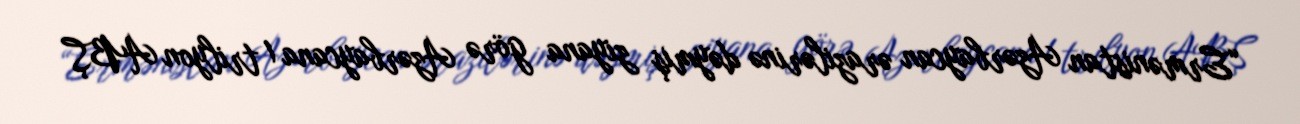
“Ermənistan Azərbaycan ərazilərinə dəymiş ziyana görə Azərbaycana 1 trilyon ABŞ